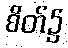
စိတ်၌